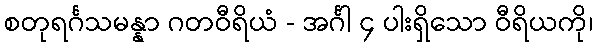
စတုရင်္ဂသမန္နာ ဂတဝီရိယံ - အင်္ဂါ ၄ ပါးရှိသော ဝီရိယကို၊